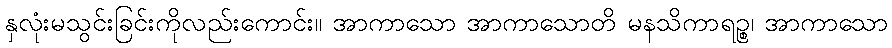
နှလုံးမသွင်းခြင်းကိုလည်းကောင်း။ အာကာသော အာကာသောတိ မနသိကာရဉ္စ၊ အာကာသော